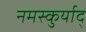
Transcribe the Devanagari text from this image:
नमस्कुर्याद्